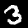
Label: 3